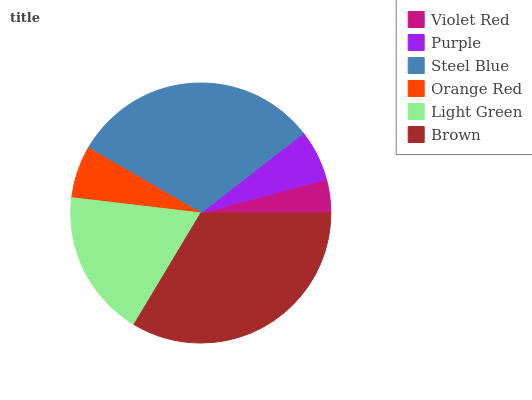
| Violet Red | Purple | Steel Blue | Orange Red | Light Green | Brown |
 | --- | --- | --- | --- | --- | --- |
 | 4.15% | 6.36% | 31.2% | 6.47% | 18.3% | 33.6% |